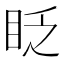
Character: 眨